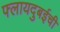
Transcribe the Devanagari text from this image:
फ्लायदुबईची